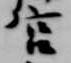
宮